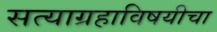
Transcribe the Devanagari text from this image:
सत्याग्रहाविषयीचा